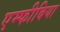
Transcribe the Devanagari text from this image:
एम्‍फीबिया